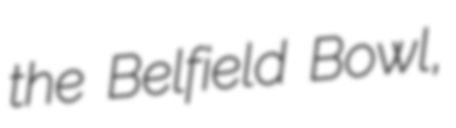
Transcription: the Belfield Bowl,